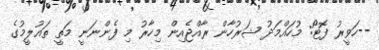
--ހަވީރު ފޮޓޯ: މުހައްމަދު ޝަރުހާން ރާއްޖެއިން މިހާރު މި ފެންނަނީ މަތީ ތައުލީމުގެ